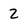
Character: 2